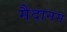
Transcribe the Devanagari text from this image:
मैदानम